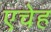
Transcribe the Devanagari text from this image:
एचेह